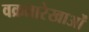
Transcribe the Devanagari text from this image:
वक्रतारेखाओं